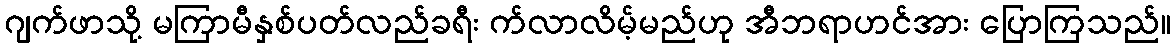
ဂျက်ဖာသို့ မကြာမီနှစ်ပတ်လည်ခရီး က်လာလိမ့်မည်ဟု အီဘရာဟင်အား ပြောကြသည်။